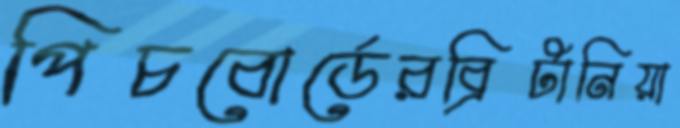
পিচবোর্ডেরব্রিটানিয়া